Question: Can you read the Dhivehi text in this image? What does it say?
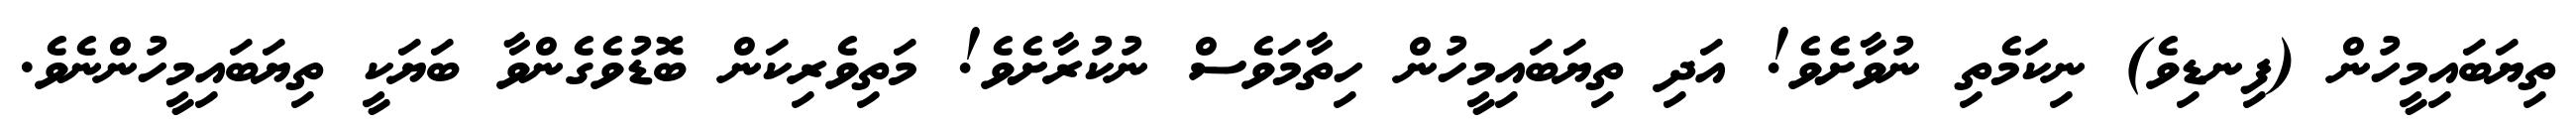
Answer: ތިޔަބައިމީހުން (ފިނޑިވެ) ނިކަމެތި ނުވާށެވެ! އަދި ތިޔަބައިމީހުން ހިތާމަވެސް ނުކުރާށެވެ! މަތިވެރިކަން ބޮޑުވެގެންވާ ބަޔަކީ ތިޔަބައިމީހުންނެވެ.